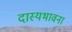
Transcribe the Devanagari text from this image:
दास्यभावना